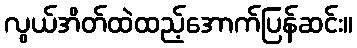
လွယ်အိတ်ထဲထည့်အောက်ပြန်ဆင်း။